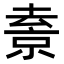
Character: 𠬇